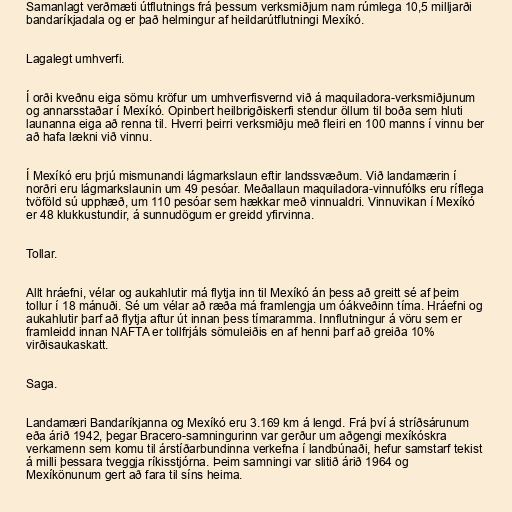
Samanlagt verðmæti útflutnings frá þessum verksmiðjum nam rúmlega 10,5 milljarði
bandaríkjadala og er það helmingur af heildarútflutningi Mexíkó.

Lagalegt umhverfi.

Í orði kveðnu eiga sömu kröfur um umhverfisvernd við á maquiladora-verksmiðjunum
og annarsstaðar í Mexíkó. Opinbert heilbrigðiskerfi stendur öllum til boða sem hluti
launanna eiga að renna til. Hverri þeirri verksmiðju með fleiri en 100 manns í vinnu ber
að hafa lækni við vinnu.

Í Mexíkó eru þrjú mismunandi lágmarkslaun eftir landssvæðum. Við landamærin í
norðri eru lágmarkslaunin um 49 pesóar. Meðallaun maquiladora-vinnufólks eru ríflega
tvöföld sú upphæð, um 110 pesóar sem hækkar með vinnualdri. Vinnuvikan í Mexíkó
er 48 klukkustundir, á sunnudögum er greidd yfirvinna.

Tollar.

Allt hráefni, vélar og aukahlutir má flytja inn til Mexíkó án þess að greitt sé af þeim
tollur í 18 mánuði. Sé um vélar að ræða má framlengja um óákveðinn tíma. Hráefni og
aukahlutir þarf að flytja aftur út innan þess tímaramma. Innflutningur á vöru sem er
framleidd innan NAFTA er tollfrjáls sömuleiðis en af henni þarf að greiða 10%
virðisaukaskatt.

Saga.

Landamæri Bandaríkjanna og Mexíkó eru 3.169 km á lengd. Frá því á stríðsárunum
eða árið 1942, þegar Bracero-samningurinn var gerður um aðgengi mexíkóskra
verkamenn sem komu til árstíðarbundinna verkefna í landbúnaði, hefur samstarf tekist
á milli þessara tveggja ríkisstjórna. Þeim samningi var slitið árið 1964 og
Mexíkönunum gert að fara til síns heima.